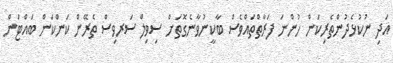
އަދި ނުކުޅެދުންތެރިކަން ހުންނަ ފަރާތްތައްވެސް ބާކީނުވާނެގޮތަށް ސިވިލް ސަރވިސް ތެރޭން ކަންކަން ބައްޓަން